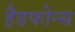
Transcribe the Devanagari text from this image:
हैडफोन्स